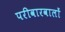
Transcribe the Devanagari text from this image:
परीवारवालों